Scientific memoirs by medical officers of the Army of India - Part XII,
Year: 1901
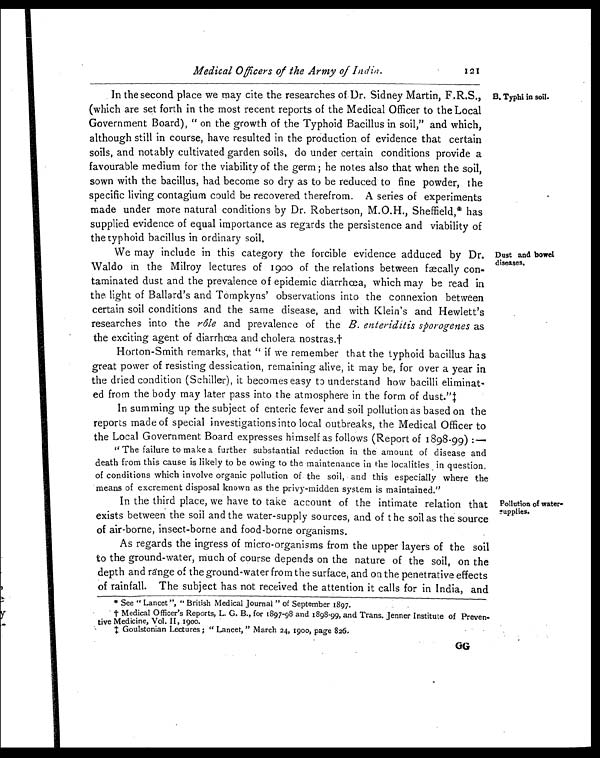
Medical Officers of the Army of India.
In the second place we may cite the researches of Dr. Sidney Martin, F.R.S.,
(which are set forth in the most recent reports of the Medical Officer to the Local
Government Board), "on the growth of the Typhoid Bacillus in soil," and which,
although still in course, have resulted in the production of evidence that certain
soils, and notably cultivated garden soils, do under certain conditions provide a
favourable medium for the viability of the germ; he notes also that when the soil,
sown with the bacillus, had become so dry as to be reduced to fine powder, the
specific living contagium could be recovered therefrom. A series of experiments
made under more natural conditions by Dr. Robertson, M.O.H., Sheffield,* has
supplied evidence of equal importance as regards the persistence and viability of
the typhoid bacillus in ordinary soil.
We may include in this category the forcible evidence adduced by Dr.
Waldo in the Milroy lectures of 1900 of the relations between fæcally con
-taminated dust and the prevalence of epidemic diarrhœa, which may be read in
the light of Ballard's and Tompkyns' observations into the connexion between
certain soil conditions and the same disease, and with Klein's and Hewlett's
researches into the rôle and prevalence of the B. enteriditis sporogenes as
the exciting agent of diarrhœa and cholera nostras.†
B. Typhi in soil.
Dust and bowel
diseases.
Horton-Smith remarks, that "if we remember that the typhoid bacillus has
great power of resisting dessication, remaining alive, it may be, for over a year in
the dried condition (Schiller), it becomes easy to understand how bacilli eliminat
-ed from the body may later pass into the atmosphere in the form of dust."‡
In summing up the subject of enteric fever and soil pollution as based on the
reports made of special investigations into local outbreaks, the Medical Officer to
the Local Government Board expresses himself as follows (Report of 1898-99) :—
"The failure to make a further substantial reduction in the amount of disease and
death from this cause is likely to be owing to the maintenance in the localities in question,
of conditions which involve organic pollution of the soil, and this especially where the
means of excrement disposal known as the privy-midden system is maintained."
In the third place, we have to take account of the intimate relation that
exists between the soil and the water-supply sources, and of t he soil as the source
of air-borne, insect-borne and food-borne organisms.
As regards the ingress of micro-organisms from the upper layers of the soil
to the ground-water, much of course depends on the nature of the soil, on the
depth and range of the ground-water from the surface, and on the penetrative effects
of rainfall. The subject has not received the attention it calls for in India, and
* See "Lancet", "British Medical Journal" of September 1897.
† Medical Officer's Reports, L. G. B., for 1897-98 and 1898-99, and Trans. Jenner Institute of Preven
-tive Medicine, Vol. II, 1900.
‡ Goulstonian Lectures; "Lancet," March 24, 1900, page 826.
Pollution of water
-supplies.